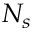
N _ { s }